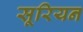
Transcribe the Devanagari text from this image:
सूरियन